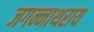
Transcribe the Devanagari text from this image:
जगन्नाथराय